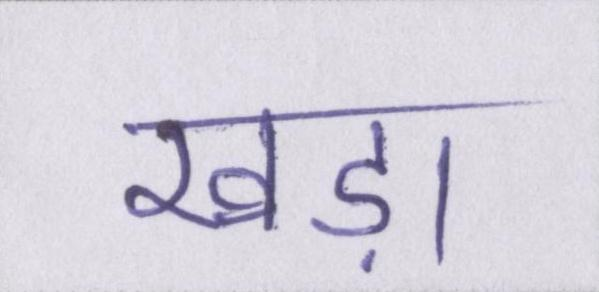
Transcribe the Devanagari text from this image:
खड़ा